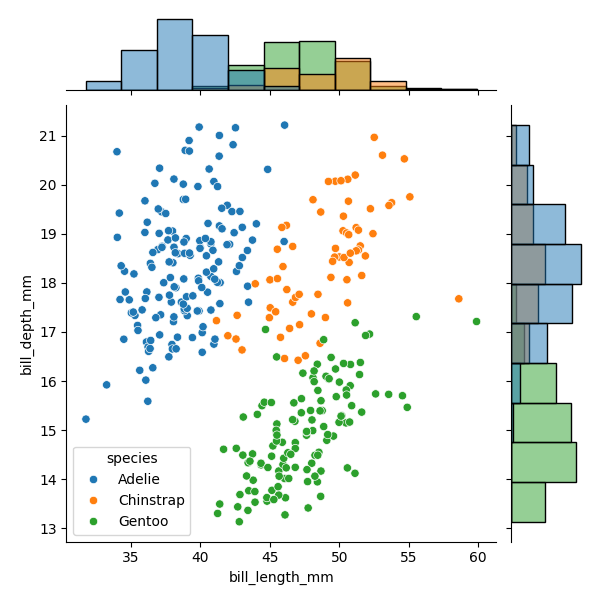
python, seaborn, JointGrid, scatterplot, histplot, hue